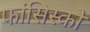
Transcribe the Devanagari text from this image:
फांसिस्को